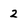
Character: 2